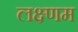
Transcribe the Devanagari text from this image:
लक्ष्णम